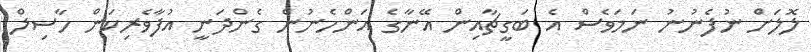
ލޮލަށް ނުފެނުނު ނަމަވެސް އެ ބަގީޗާއިން އޭނާގެ އަންހެނުން ގެންދަނީ އުފާވެރިކަން ހާސިލް